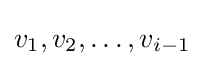
v_{1},v_{2},\ldots ,v_{i-1}